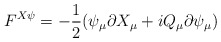
\begin{align*}F^{X\psi}=-\frac{1}{2}(\psi _{\mu}\partial X_{\mu}+iQ_{\mu}\partial \psi _{\mu})\end{align*}